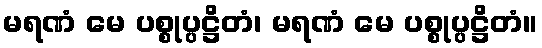
မရဏံ မေ ပစ္စုပ္ပဋ္ဌိတံ၊ မရဏံ မေ ပစ္စုပ္ပဋ္ဌိတံ။